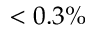
< 0 . 3 \%